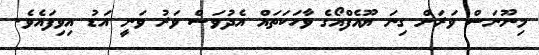
މިނޫނަސް ވަރަށް ގިނަ ޔޫއެފްއޯގެ ވާހަކަތައް އެދުވަސް ވަރު ވަނީ އަޑު އިވިފައެވެ.